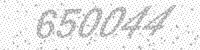
Solution: 650044